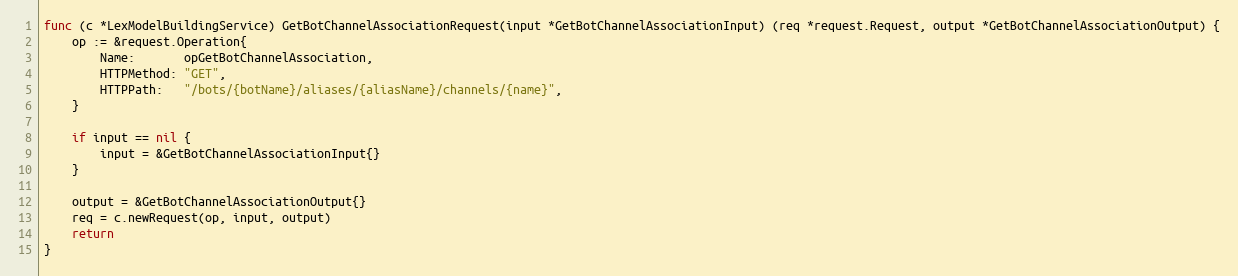
Language: Go
func (c *LexModelBuildingService) GetBotChannelAssociationRequest(input *GetBotChannelAssociationInput) (req *request.Request, output *GetBotChannelAssociationOutput) {
	op := &request.Operation{
		Name:       opGetBotChannelAssociation,
		HTTPMethod: "GET",
		HTTPPath:   "/bots/{botName}/aliases/{aliasName}/channels/{name}",
	}

	if input == nil {
		input = &GetBotChannelAssociationInput{}
	}

	output = &GetBotChannelAssociationOutput{}
	req = c.newRequest(op, input, output)
	return
}